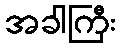
အခါကြီး